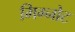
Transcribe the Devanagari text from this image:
मिग्नोट